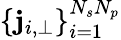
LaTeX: \left\{ \mathbf{j}_{i,\perp}\right\} _{i=1}^{N_{s}N_{p}}